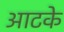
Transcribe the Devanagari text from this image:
आटके